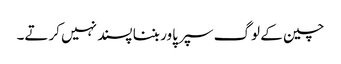
چین کے لوگ سپر پاور بننا پسند نہیں کرتے۔